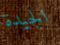
الجيدة